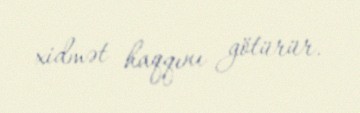
xidmət haqqını götürür.